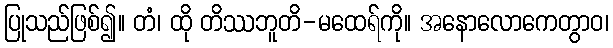
ပြုသည်ဖြစ်၍။ တံ၊ ထို တိဿဘူတိ-မထေရ်ကို။ အနောလောကေတွာဝ၊